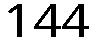
144